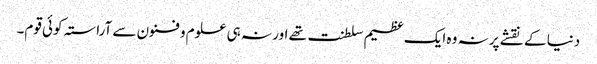
دنیا کے نقشے پر نہ وہ ایک عظیم سلطنت تھے اور نہ ہی علوم و فنون سے آراستہ کوئی قوم۔